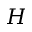
H